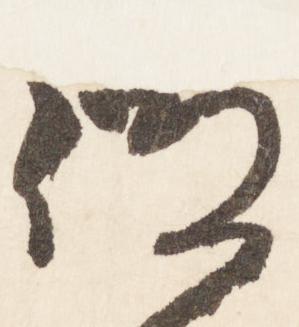
仰